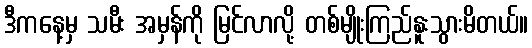
ဒီကနေ့မှ သမီး အမှန်ကို မြင်လာလို့ တစ်မျိုးကြည်နူးသွားမိတယ်။